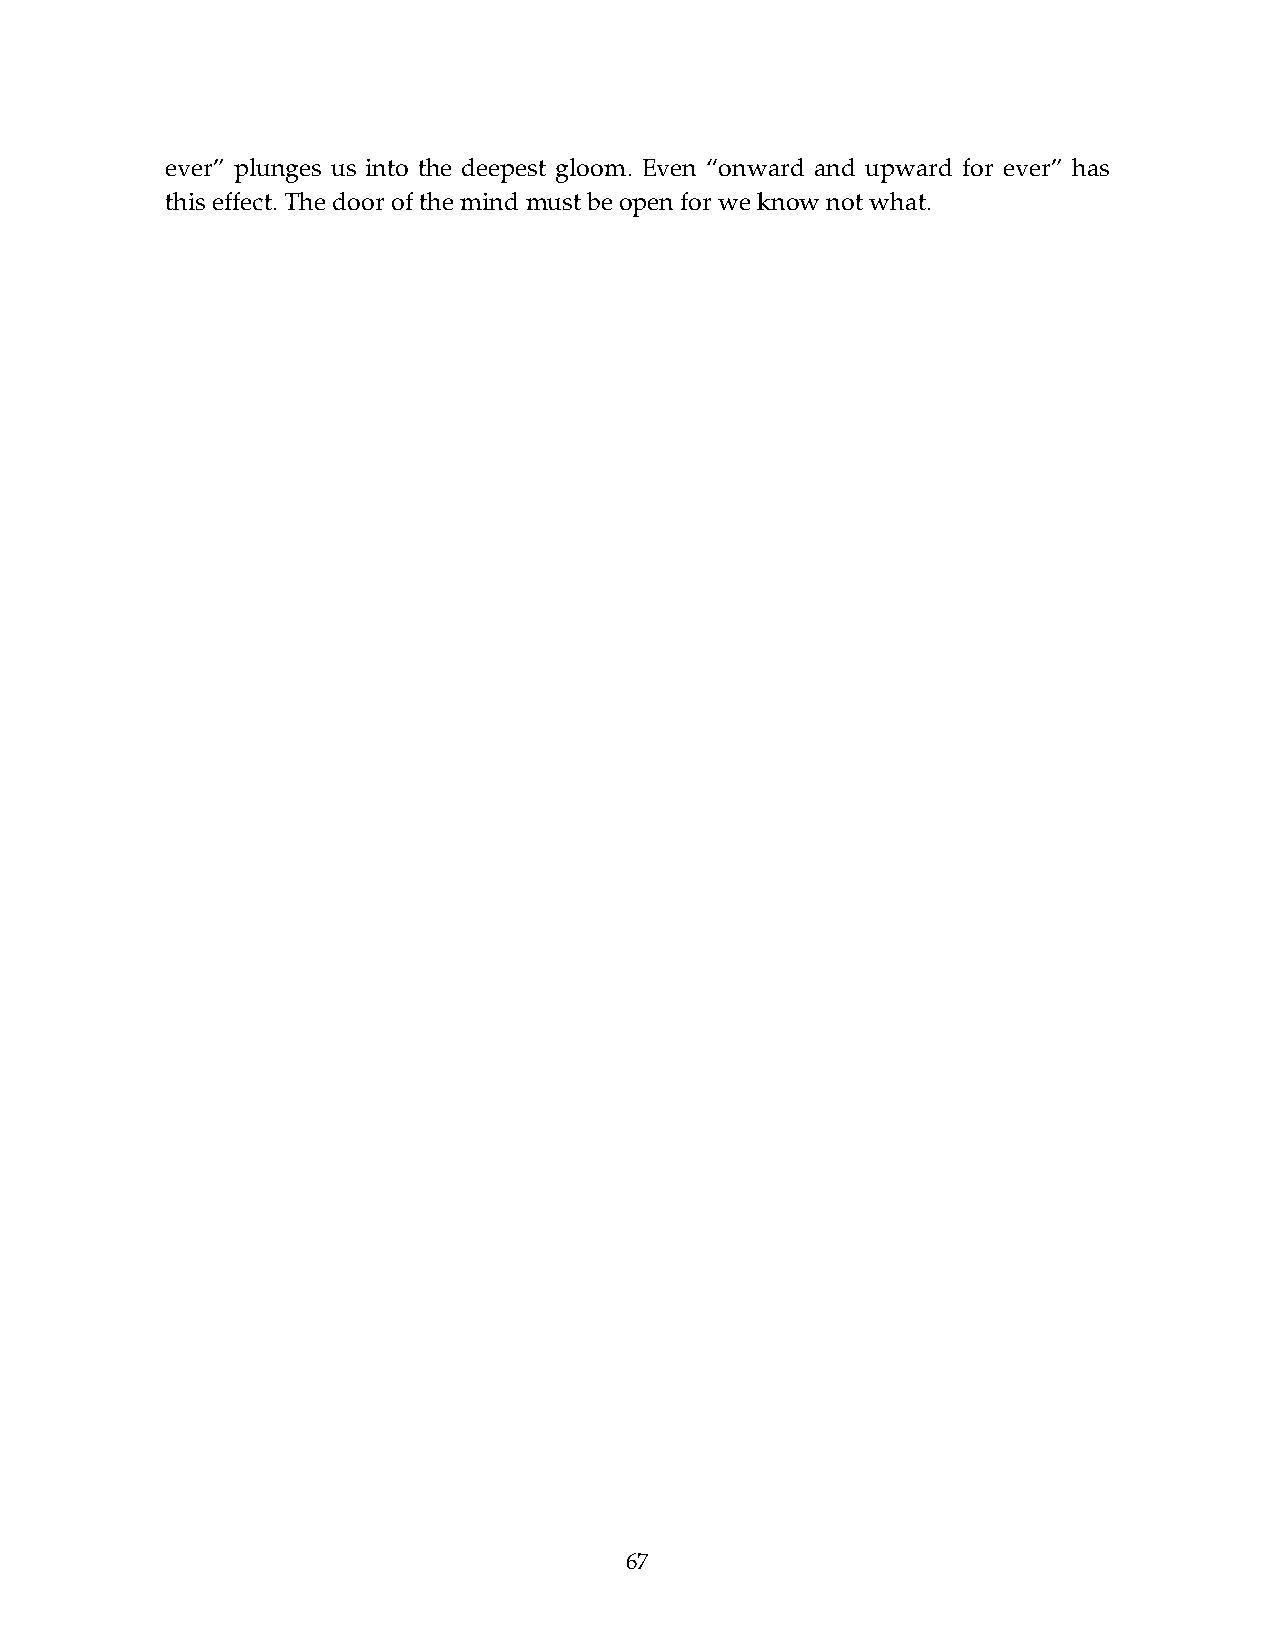
ever” plunges us into the deepest gloom. Even “onward and upward for ever” has
 this effect. The door of the mind must be open for we know not what.
 67